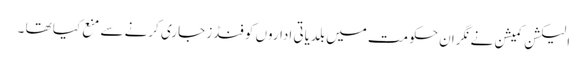
الیکشن کمیشن نے نگران حکومت میں بلدیاتی اداروں کو فنڈز جاری کرنے سے منع کیا تھا ۔